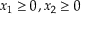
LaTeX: x _ { 1 } \geq 0 , x _ { 2 } \geq 0